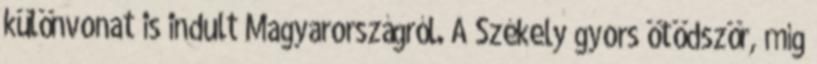
különvonat is indult Magyarországról. A Székely gyors ötödször, míg